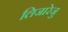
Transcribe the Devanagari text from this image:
लिजारेजु